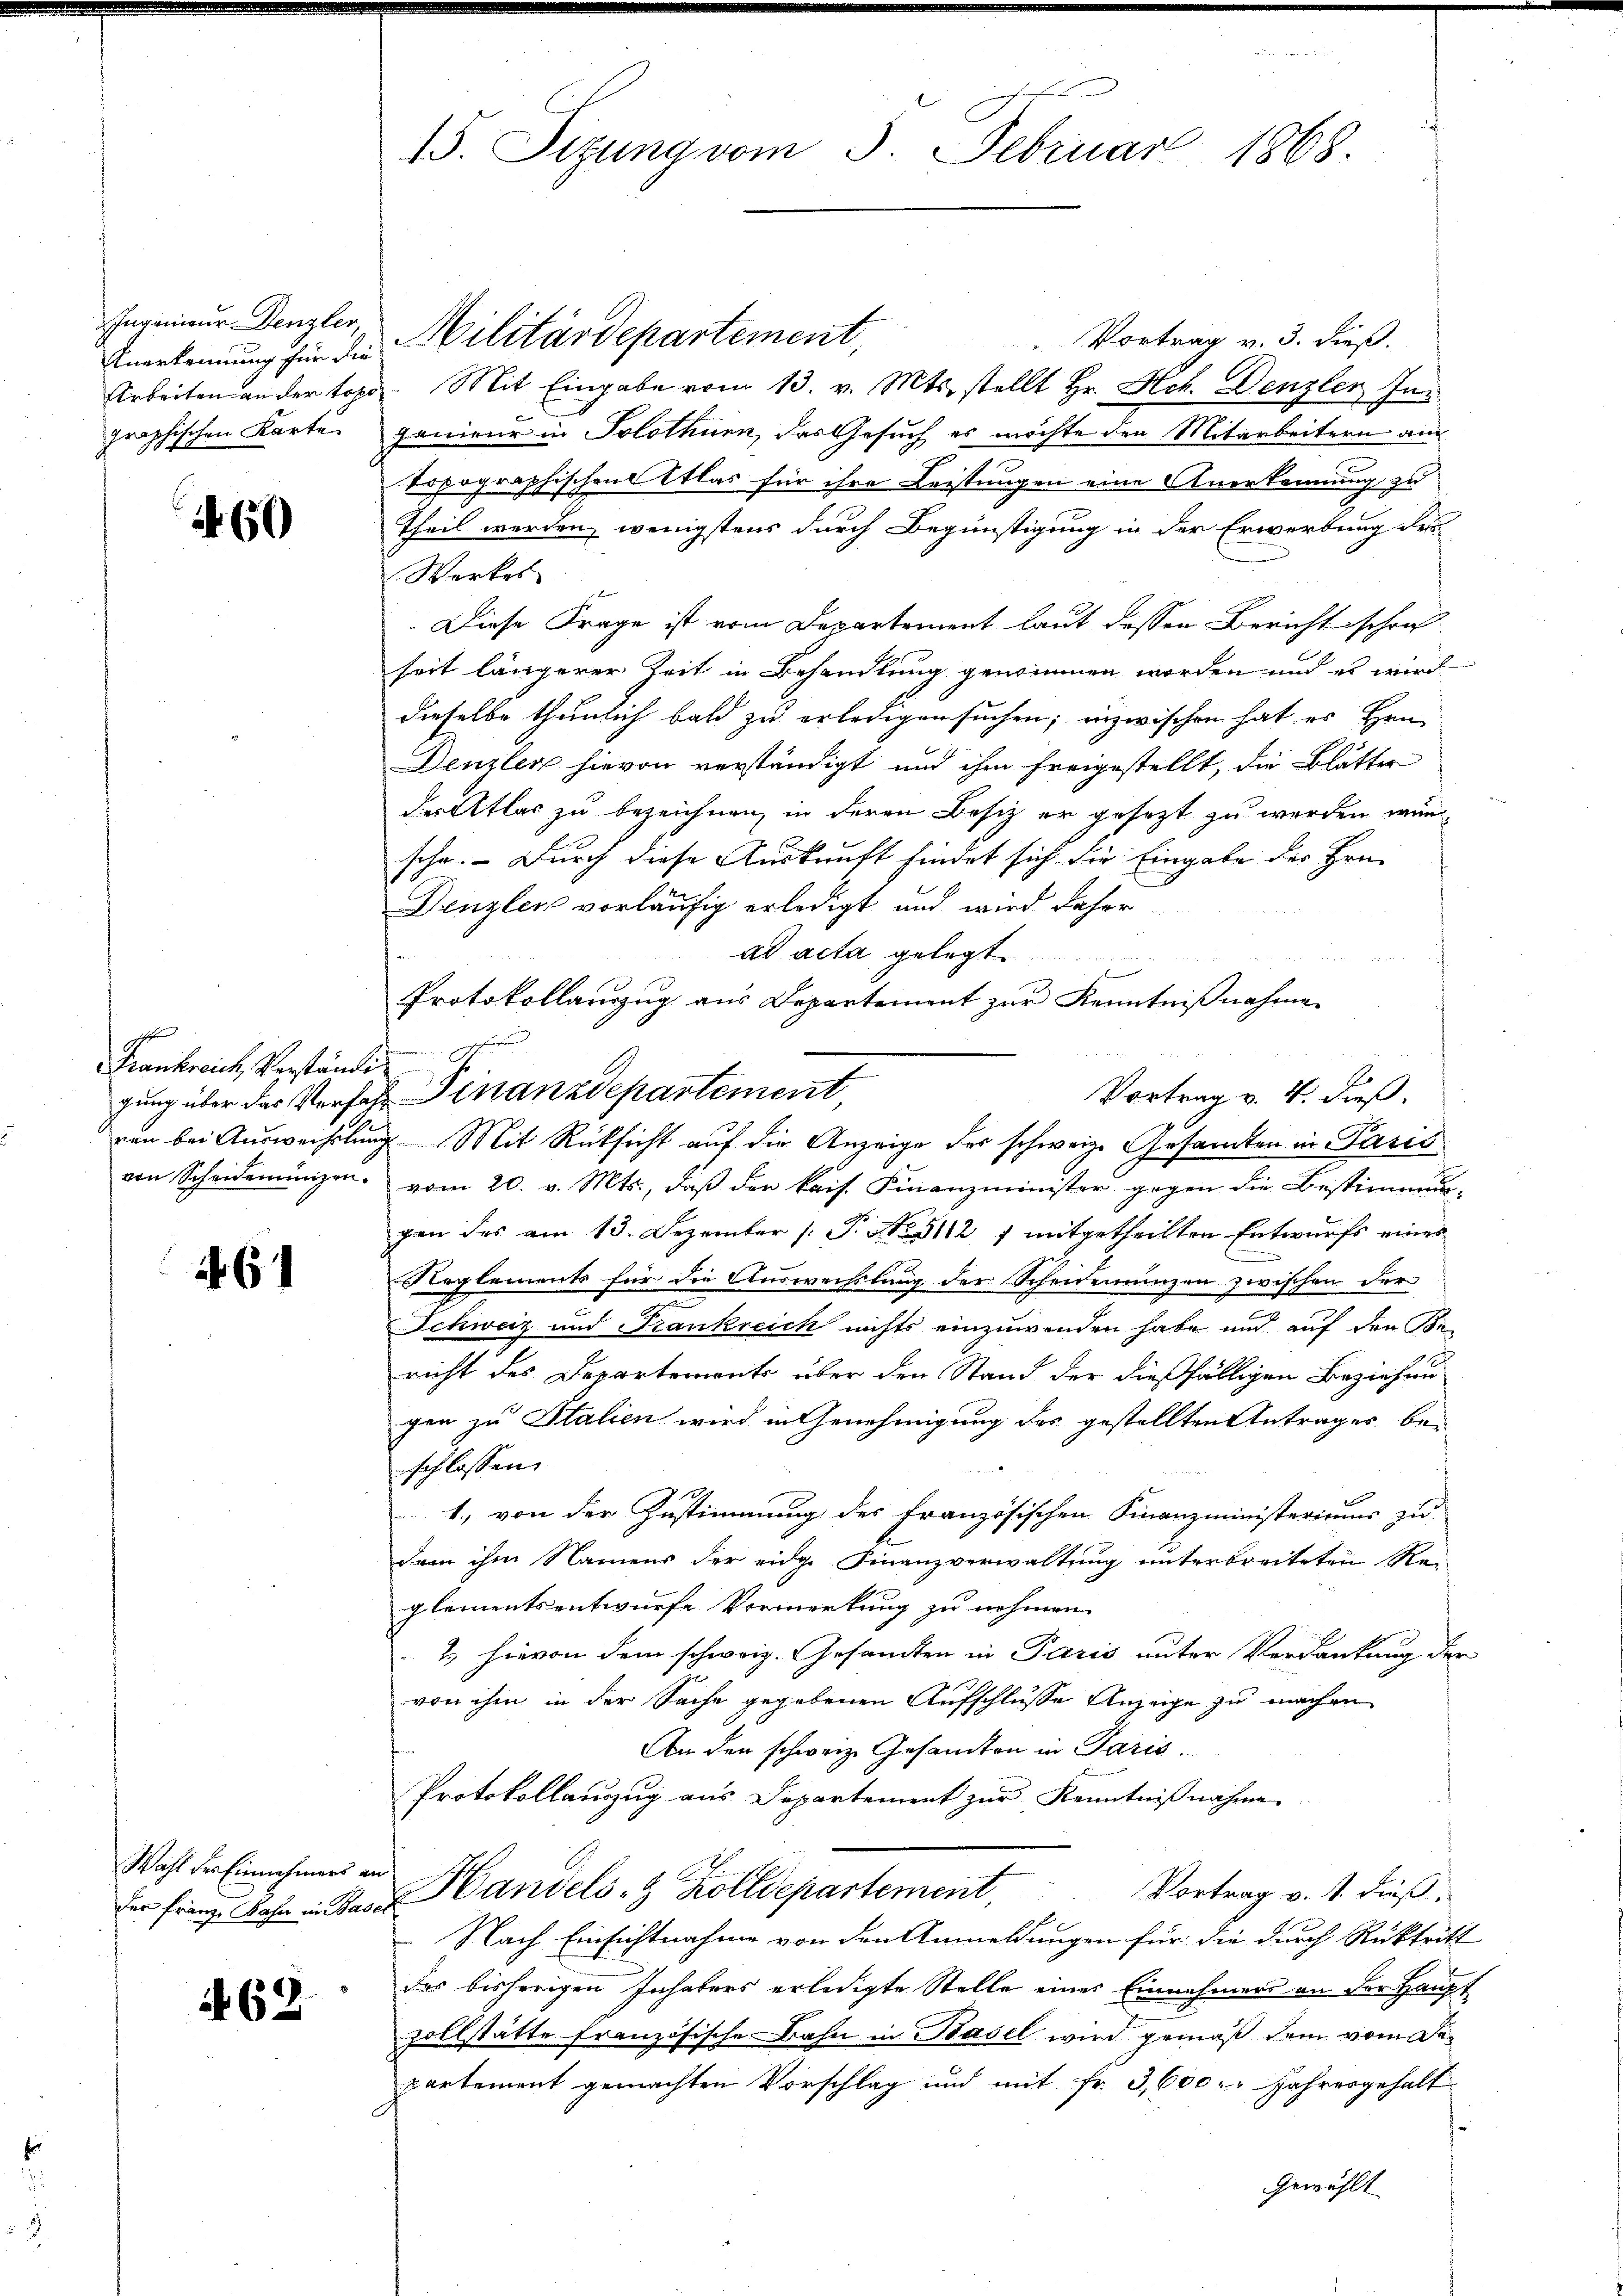
Anerkennung für die
graphischen Karten

460

Frankreich Verständig

6

der Franze Bahn in Basel

i 62

d hat der Han
15. Sitzung vom 3. Februar 1868.

Ingenieur Denzler, Militärdepartement,
"Vortrag v. 3. dieß.
Arbeiten an der topo. Mit Eingabe vom 13. v. Mts. stellt Hr. Hch. Denzler In¬
Jenieur in Solothurn, das Gesuch es möchte den Mitarbeitern au
topographischen las für ihre Leistungen eine Anerkennung zu
Theil werden, wenigstens durch Begünstigung in der Erwerbung der
Werkes
Diese Frage ist vom Departement laut dessen Bericht schon
seit längerer Zeit in Behandlung genommen worden und es wird
dieselbe thunlich bald zu erledigen suchen; inzwischen hat es Hrn.
Denzler hievon verständigt und ihm freigestellt, die Blätter
der Atlas zu bezeichnen, in deren Besitz er gesetzt zu werden würschr. Durch diese Auskunft findet sich die Eingabe des Hrn.
Denzler vorläufig erledigt und wird daher
ad acta gelegt.
Protokollauszug aus Departement zur Kenntnißnahme
hafen
Vortrag v. 4. dieß.
gung über das Vorfer Finanzdepartement,
von Scheidemünzen. vom 20. v. Mts., daβ der kais. Finanzminister gegen die Bestimmungen des am 13. Dezember (S. 112 f mitgetheilten Entwurfs eines
Reglements für die Auswechslung der Scheidenrunzen zwischen der¬
.
Schweiz und Frankreich nichts einzuwenden habe und auf den Be-
richt des Departements über den Stand der dießfälligen Beziehen
gen zu Stalien wird in Genehmigung des gestellten Antrages bei
schlossen,
1., von der Zustimmung des Französischen Finanzministeriums zu
dem ihm Namens der eidge Finanzverwaltung unterbreiteten Rei
glementsentwurfe Vormerkung zu nehmen.
2.) hievon dem schweiz. Gesamten in Paris unter Verdankung der
von ihm in der Sache gegebenen Aufschlüsse Anzeige zu machen
An den schweiz. Gesamten in Paris.
Protokollauszug aus Departement zur Kenntnißnahme
Wahl der Einnahmen an Handels- & Zolldepartement,
Vortrag v. J. dieß,
Nach Einsichtnahme von den Anmeldungen für die durch Rücktritt
des bisherigen Inhabers erledigte Stelle eines Einnahmens an der Haupt
zollstätte französische Bahn in Basel wird gemäß dem vom Departement gemachten Vorschlag und mit fr. 3,600 Jahresgehalt
Gewählt

ven bei Auswechslung. Mit Rücksicht auf die Anzeige der schweiz. Gesamten in Paris